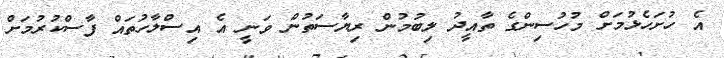
އެ ހުށަހެޅުމަށް މުހުސިންގެ ތާއީދު ލިބުމުން ރިޔާސަތުން ވަނީ އެ އިސްލާހުތައް ފާސްކުރުމަށް